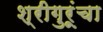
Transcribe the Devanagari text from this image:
श्रीगुरूंचा